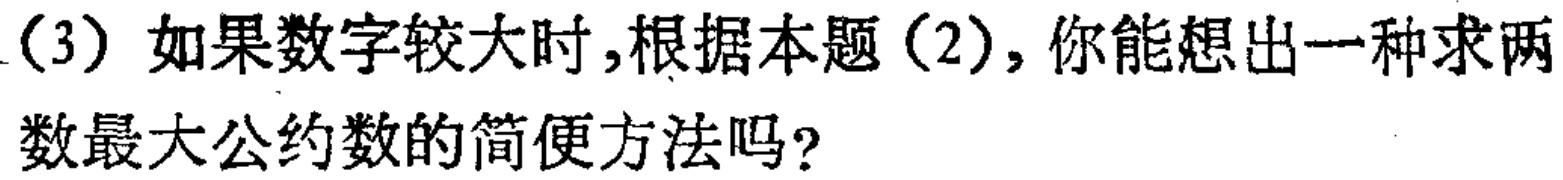
（3）如果数字较大时，根据本题（2），你能想出一种求两数最大公约数的简便方法吗？